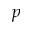
p